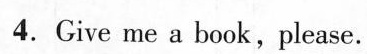
4. Give me a book , please.